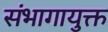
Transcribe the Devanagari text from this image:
संभागायुक्त